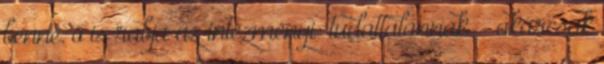
benne, ő is rabja az intézményi ‘tudattalannak’ — akárcsak